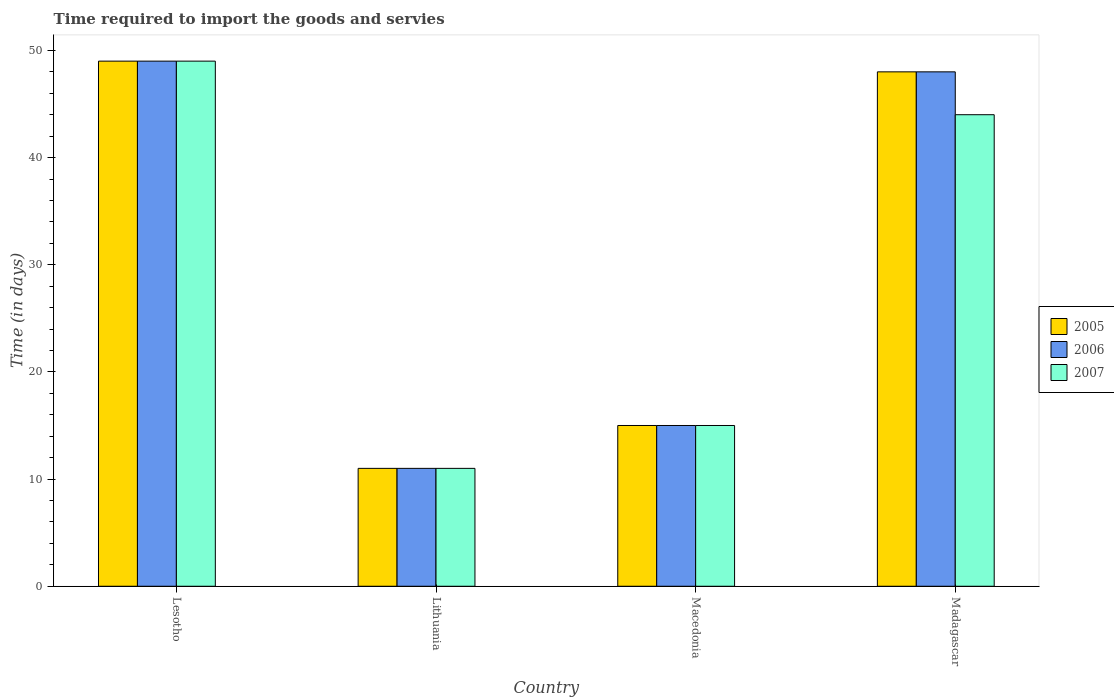
| Country | 2005 | 2006 | 2007 |
 | --- | --- | --- | --- |
 | Lesotho | 49 | 49 | 49 |
 | Lithuania | 11 | 11 | 11 |
 | Macedonia | 15 | 15 | 15 |
 | Madagascar | 48 | 48 | 44 |